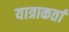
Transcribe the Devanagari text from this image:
यात्राकर्ता